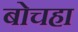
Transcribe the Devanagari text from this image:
बोचहा